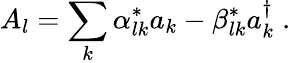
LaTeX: A_{l}=\sum_{k}\alpha_{lk}^{*}a_{k}-\beta_{lk}^{*}a_{k}^{\dagger}\; .